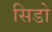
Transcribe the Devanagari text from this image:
सिडो